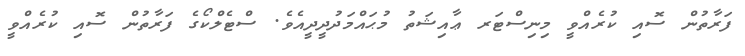
ފަރާތުން ސޮއި ކުރެއްވީ މިނިސްޓަރ ޢާއިޝަތު މުޙައްމަދުދީދީއެވެ. ސްޓެލްކޯގެ ފަރާތުން ސޮއި ކުރެއްވީ